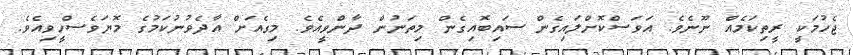
ޖެހުމަކީ ރީތިކަމެއް ނޫނެވެ. އަވަސްކޮށްލައިގެން ސައިބޮއިގެން މިތަނުން ދާންވީއެވެ. މިގެއަށް އާދެވުނުކަމުގެ މޮޔަވެސްހީވިއެވެ.